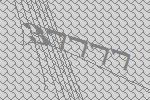
37777